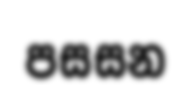
පසසන